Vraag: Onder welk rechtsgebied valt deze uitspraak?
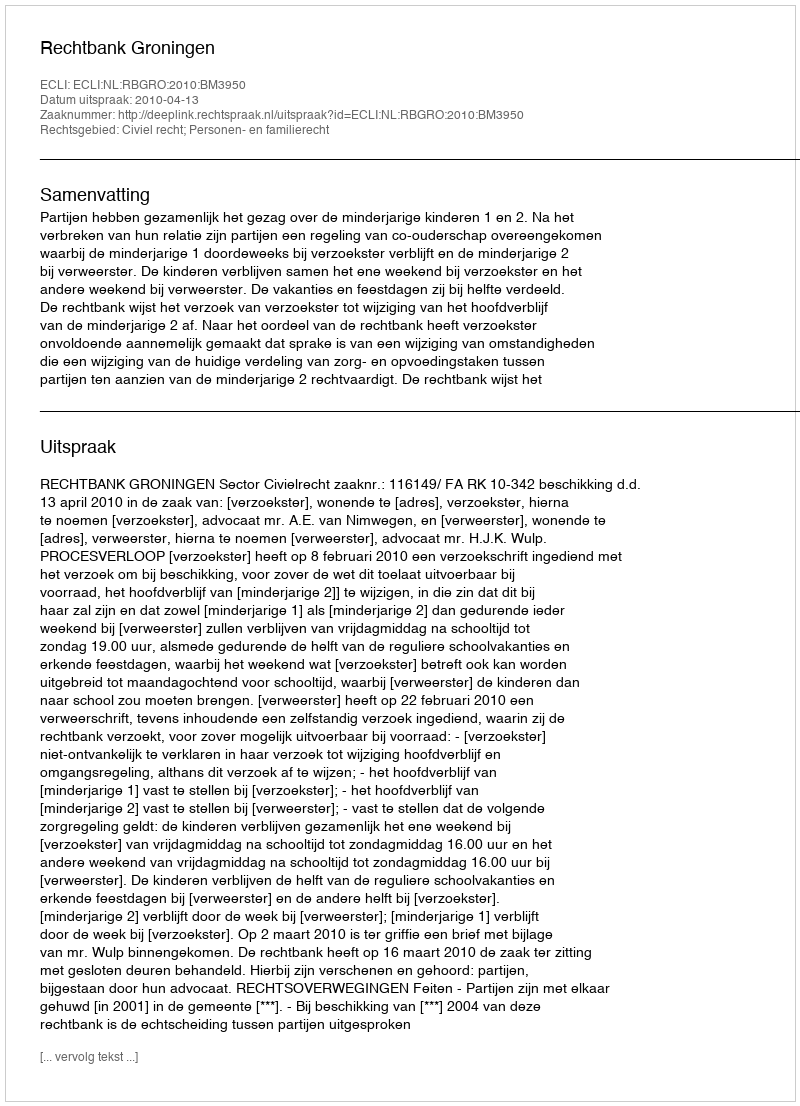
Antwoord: Civiel recht; Personen- en familierecht